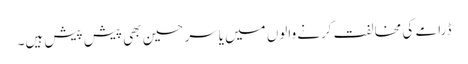
ڈرامے کی مخالفت کرنے والوں میں یاسر حسین بھی پیش پیش ہیں۔